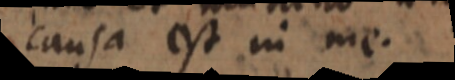
causa est in me.